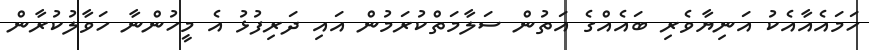
ހަމައެއާއެކު އަނިޔާވެރި ބައެއްގެ އަތުން ސަލާމަތްކުރަމުން އައި ދަރިފުޅު އެ މީހުންނާ ހަވާލުކުރާން